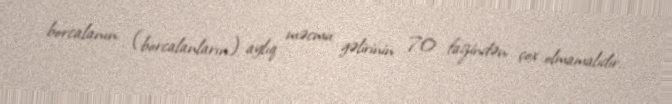
borcalanın (borcalanların) aylıq məcmu gəlirinin 70 faizindən çox olmamalıdır.